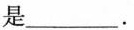
是___。